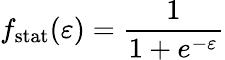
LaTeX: f_{\mathrm{stat}}(\varepsilon)=\frac 1{1+e^{-\varepsilon}}